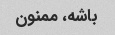
باشه، ممنون